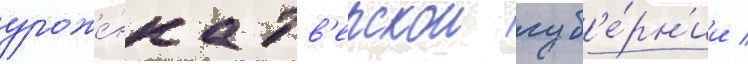
уроже́нка тв'ерскои губ'е́рн'ии /